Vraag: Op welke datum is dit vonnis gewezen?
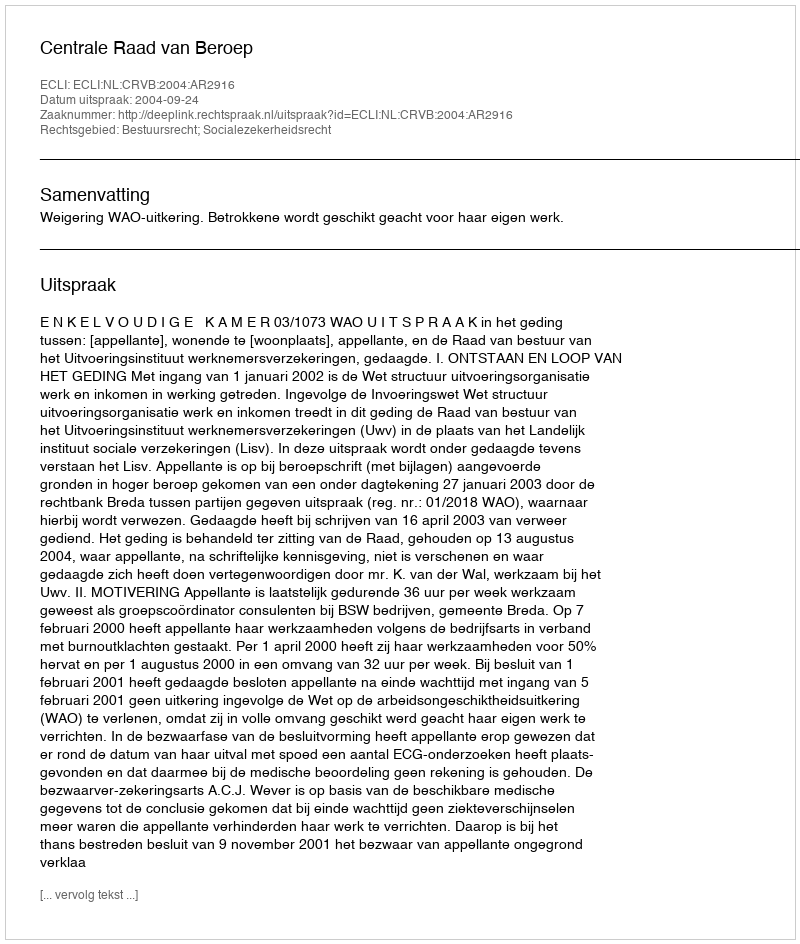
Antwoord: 2004-09-24